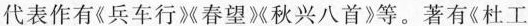
代表作有《兵车行》春望秋兴八首》等。著有《杜工